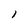
Character: l